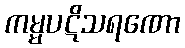
ကမ္မပဋိသရဏော